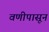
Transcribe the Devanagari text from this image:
वणीपासून